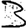
Digit: 3